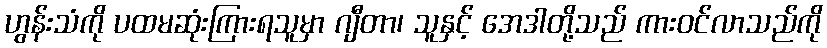
ဟွန်းသံကို ပထမဆုံးကြားရသူမှာ ဂျီတာ၊ သူနှင့် အေဒါတို့သည် ကားဝင်လာသည်ကို